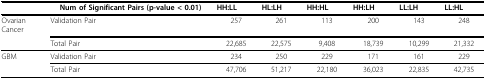
|  | Num of Significant Pairs (p-value < 0.01) | HH:LL | HL:LH | HH:HL | HH:LH | LL:LH | LL:HL |
 | --- | --- | --- | --- | --- | --- | --- | --- |
 | OvarianCancer | Validation Pair | 257 | 261 | 113 | 200 | 143 | 248 |
 |  | Total Pair | 22,685 | 22,575 | 9,408 | 18,739 | 10,299 | 21,332 |
 | GBM | Validation Pair | 234 | 250 | 229 | 171 | 161 | 229 |
 |  | Total Pair | 47,706 | 51,217 | 22,180 | 36,023 | 22,835 | 42,735 |